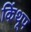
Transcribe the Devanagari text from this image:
किंथूप